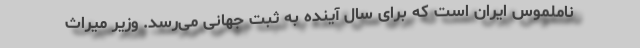
ناملموس ایران است که برای سال آینده به ثبت جهانی می‌رسد. وزیر میراث